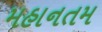
મહાનતમ